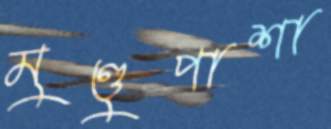
মুণ্ডুপাশা